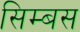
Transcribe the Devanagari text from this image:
सिम्बस